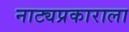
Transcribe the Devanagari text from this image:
नाट्यप्रकाराला